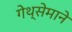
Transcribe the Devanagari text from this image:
गेथ्सेमाने